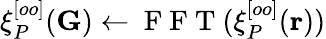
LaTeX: \xi_{P}^{[oo]}(\mathbf{G})\leftarrow\mathrm{~F~F~T~}(\xi_{P}^{[oo]}(\mathbf{r}))